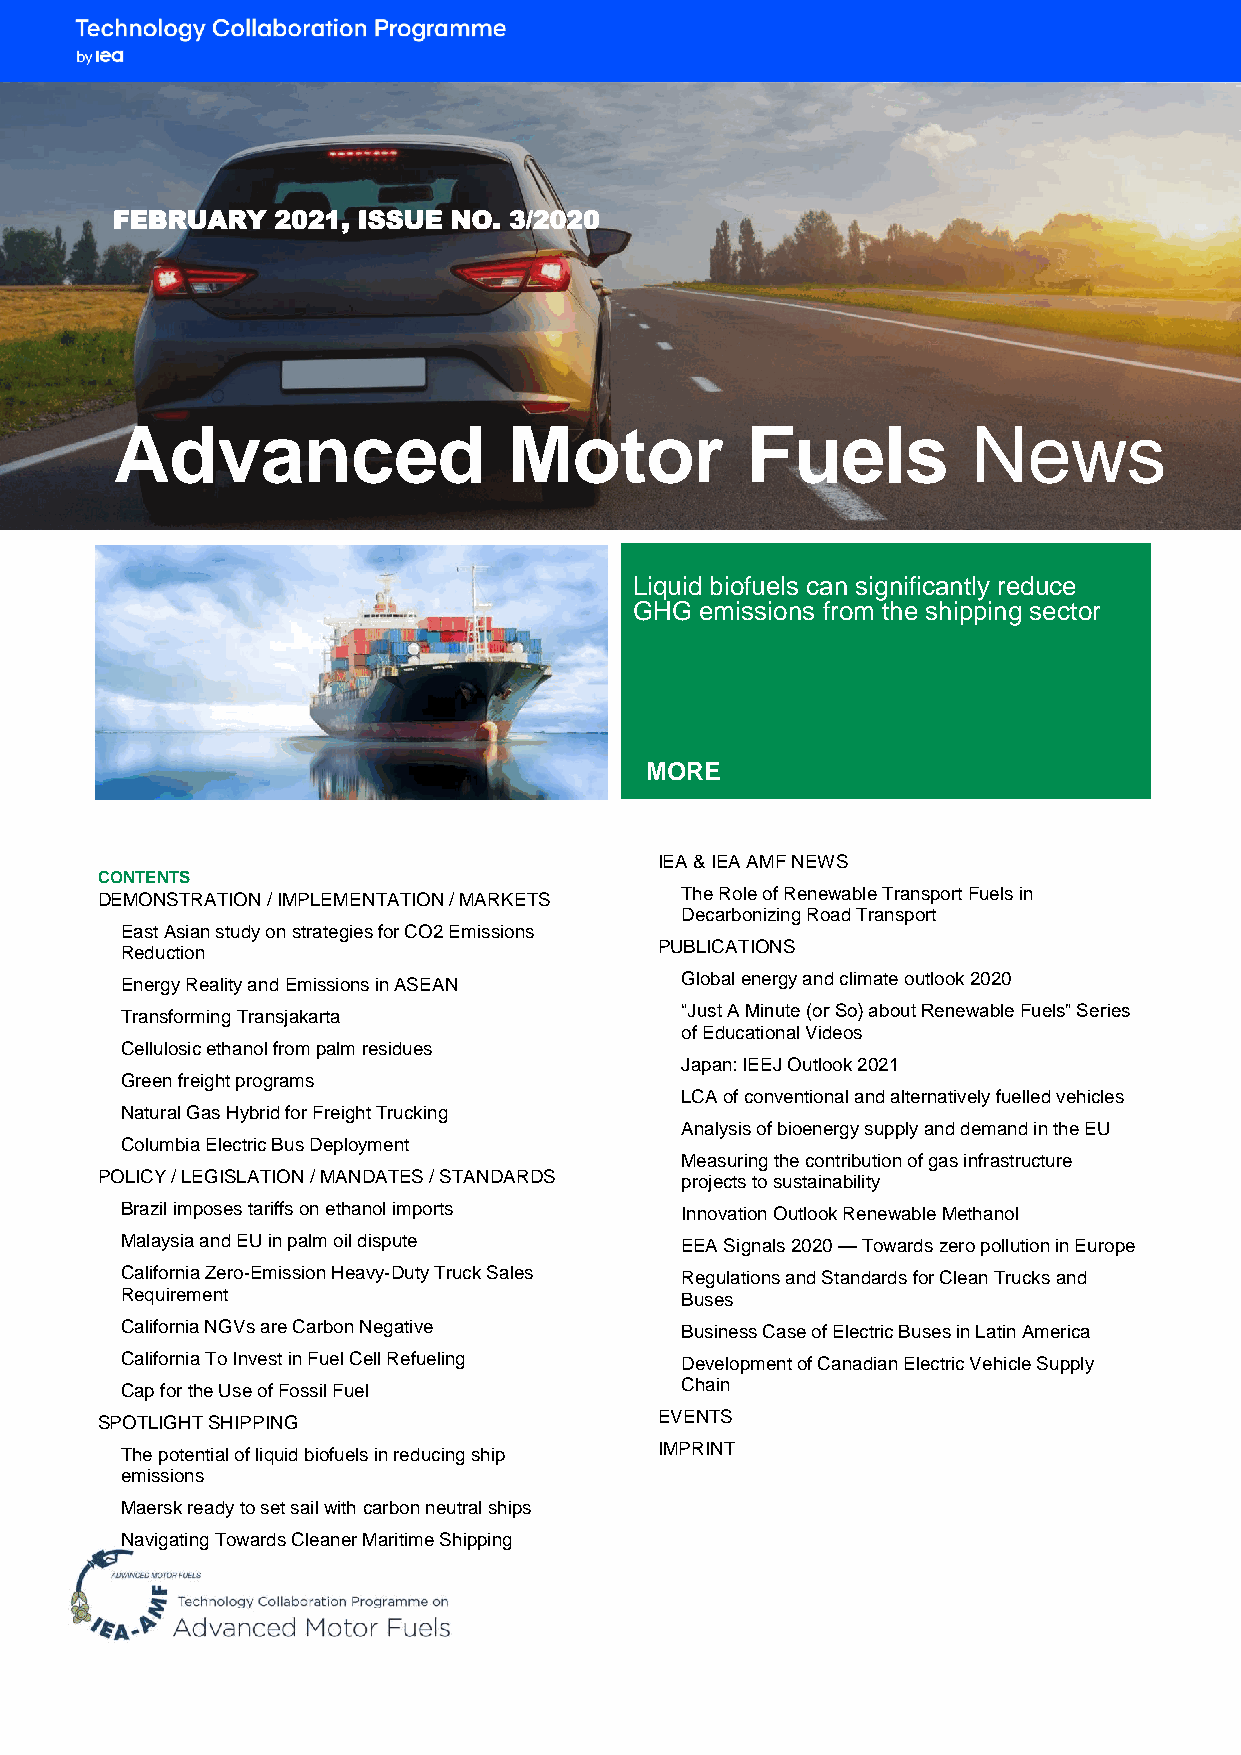
FEBRUARY   2021, ISSUE NO. 3/2020
 Advanced                   Motor          Fuels          News
 Liquid biofuels can significantly reduce
 GHG emissions from the shipping sector
 MORE
 IEA & IEA AMF NEWS
 CONTENTS
 DEMONSTRATION / IMPLEMENTATION / MARKETS The Role of Renewable Transport Fuels in
 Decarbonizing Road Transport
 East Asian study on strategies for CO2 Emissions
 Reduction                           PUBLICATIONS
 Energy Reality and Emissions in ASEAN Global energy and climate outlook 2020
 Transforming Transjakarta            “Just A Minute (or So) about Renewable Fuels” Series
 of Educational Videos
 Cellulosic ethanol from palm residues
 Japan: IEEJ Outlook 2021
 Green freight programs
 LCA of conventional and alternatively fuelled vehicles
 Natural Gas Hybrid for Freight Trucking
 Analysis of bioenergy supply and demand in the EU
 Columbia Electric Bus Deployment
 Measuring the contribution of gas infrastructure
 POLICY / LEGISLATION / MANDATES / STANDARDS projects to sustainability
 Brazil imposes tariffs on ethanol imports Innovation Outlook Renewable Methanol
 Malaysia and EU in palm oil dispute  EEA Signals 2020 — Towards zero pollution in Europe
 California Zero-Emission Heavy-Duty Truck Sales Regulations and Standards for Clean Trucks and
 Requirement                          Buses
 California NGVs are Carbon Negative  Business Case of Electric Buses in Latin America
 California To Invest in Fuel Cell Refueling Development of Canadian Electric Vehicle Supply
 Cap for the Use of Fossil Fuel       Chain
 SPOTLIGHT SHIPPING                    EVENTS
 The potential of liquid biofuels in reducing ship IMPRINT
 emissions
 Maersk ready to set sail with carbon neutral ships
 Navigating Towards Cleaner Maritime Shipping